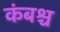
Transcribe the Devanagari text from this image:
कंबश्च